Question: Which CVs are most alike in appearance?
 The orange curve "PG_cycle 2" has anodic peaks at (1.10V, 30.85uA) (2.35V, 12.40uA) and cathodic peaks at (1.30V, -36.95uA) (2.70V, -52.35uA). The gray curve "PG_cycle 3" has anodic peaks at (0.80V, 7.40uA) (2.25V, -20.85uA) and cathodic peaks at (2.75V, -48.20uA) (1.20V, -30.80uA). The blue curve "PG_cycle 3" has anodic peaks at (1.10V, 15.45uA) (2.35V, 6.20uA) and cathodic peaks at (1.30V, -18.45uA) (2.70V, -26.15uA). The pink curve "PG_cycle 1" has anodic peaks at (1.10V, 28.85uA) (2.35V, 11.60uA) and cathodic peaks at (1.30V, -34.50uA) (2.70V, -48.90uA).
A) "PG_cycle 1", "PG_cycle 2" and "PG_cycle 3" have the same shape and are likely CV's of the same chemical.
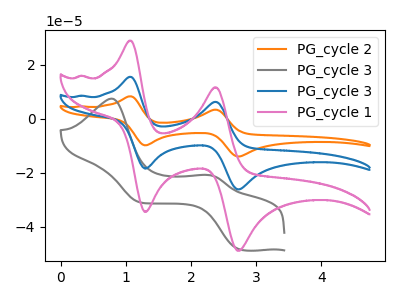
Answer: <think>"PG_cycle 2" and "PG_cycle 3" have at least one peak that do not match. All the peaks in "PG_cycle 2" have a peak in "PG_cycle 3" at the same potential. Every peak in "PG_cycle 2" is higher than every peak in "PG_cycle 3". All the peaks in "PG_cycle 2" have a peak in "PG_cycle 1" at the same potential. Every peak in "PG_cycle 2" is higher than every peak in "PG_cycle 1". "PG_cycle 3" and "PG_cycle 3" have at least one peak that do not match. "PG_cycle 3" and "PG_cycle 1" have at least one peak that do not match. All the peaks in "PG_cycle 3" have a peak in "PG_cycle 1" at the same potential. Every peak in "PG_cycle 3" is lower than every peak in "PG_cycle 1".
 </think>
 <answer>A) "PG_cycle 1", "PG_cycle 2" and "PG_cycle 3" have the same shape and are likely CV's of the same chemical.</answer>
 <eval>A</eval>